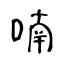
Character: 喃